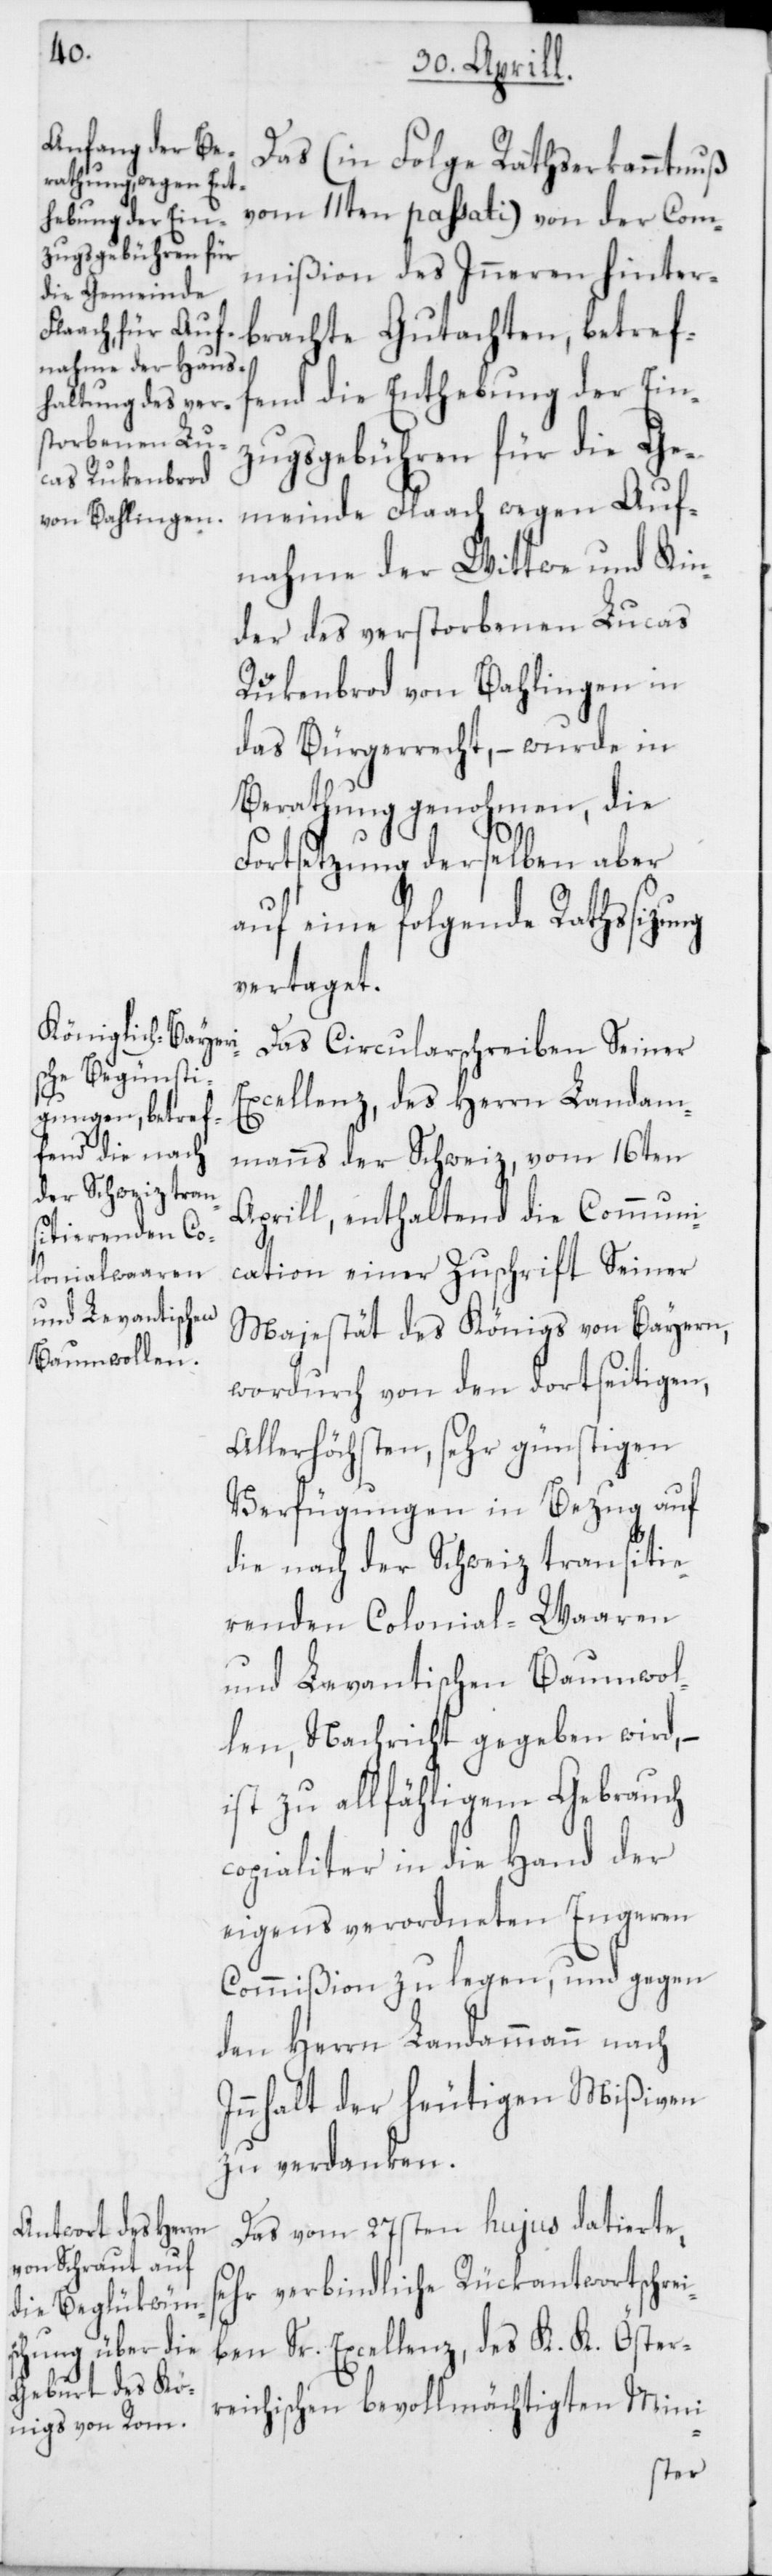
Das (in Folge Rathserkanntnuß
vom 11ten passati) von der Com¬
mißion des Inneren hinter¬
brachte Gutachten, betref¬
fend die Enthebung der Ein¬
zugsgebühren für die Ge¬
meinde Flaach wegen Auf¬
nahme der Wittwe und Kin¬
der des verstorbenen Lucas
Rukenbrod von Bahlingen in
das Bürgerrecht, – wurde in
Berathung genohmen, die
Fortsetzung derselben aber
auf eine folgende Ratssitzung
vertaget.
Das Circularschreiben Seiner
Excellenz, des Herrn Landam¬
manns der Schweiz, vom 16ten
Aprill, enthaltend die Communi¬
cation einer Zuschrift Seiner
Majestät des Königs von Bayern,
wordurch von den dortseitigen,
Allerhöchsten, sehr günstigen
Verfügungen in Bezug auf
die nach der Schweiz transiti¬
erenden Colonial-Waaren
und Levantischen Baumwol¬
len, Nachricht gegeben wird,
ist zu allfähligem Gebrauch
copialiter in die Hand der
eigens verordneten Engeren
Commißion zu legen, und gegen
den Herrn Landammann nach
Innhalt der heutigen Mißiven
zu verdanken.
Das vom 27sten hujus datierte,
sehr verbindliche Rückantwortschre¬
iben Sr. Excellenz, des K. K. Öster¬
reichischen bevollmächtigten Mini-